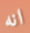
انه